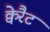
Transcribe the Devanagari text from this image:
क्वेरैट